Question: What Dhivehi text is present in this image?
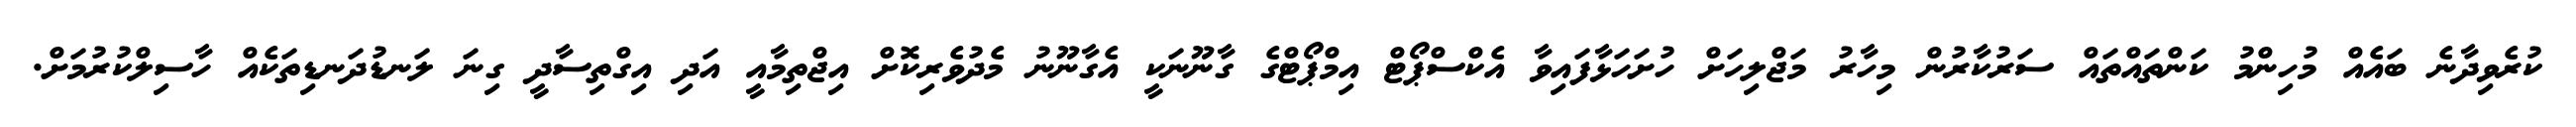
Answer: ކުރެވިދާނެ ބައެއް މުހިންމު ކަންތައްތައް ސަރުކާރުން މިހާރު މަޖްލިހަށް ހުށަހަޅާފައިވާ އެކްސްޕޯޓް އިމްޕޯޓްގެ ގާނޫނަކީ އެގާނޫނު މެދުވެރިކޮށް އިޖްތިމާއީ އަދި އިގްތިސާދީ ގިނަ ލަނޑުދަނޑިތަކެއް ހާސިލްކުރުމަށް.